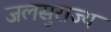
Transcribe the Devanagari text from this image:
जलसुराज्य